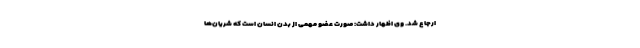
ارجاع شد. وی اظهار داشت: صورت عضو مهمی از بدن انسان است که شریان‌ها